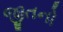
જીતનો